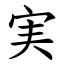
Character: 実